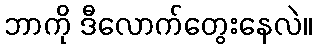
ဘာကို ဒီလောက်တွေးနေလဲ။